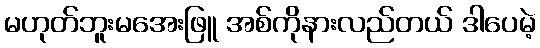
မဟုတ်ဘူးမအေးဖြူ အစ်ကိုနားလည်တယ် ဒါပေမဲ့